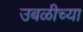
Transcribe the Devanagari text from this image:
उबळीच्या